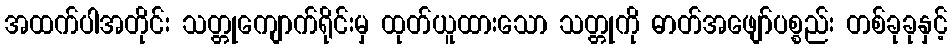
အထက်ပါအတိုင်း သတ္တုကျောက်ရိုင်းမှ ထုတ်ယူထားသော သတ္တုကို ဓာတ်အဖျော်ပစ္စည်း တစ်ခုခုနှင့်